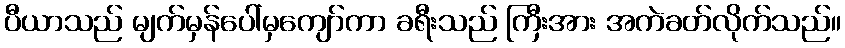
ပီယာသည် မျက်မှန်ပေါ်မှကျော်ကာ ခရီးသည် ကြီးအား အကဲခတ်လိုက်သည်။